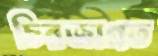
চিরজাগ্রত